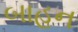
બાહન